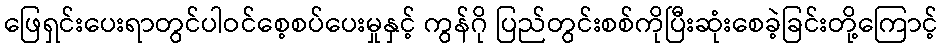
ဖြေရှင်းပေးရာတွင်ပါဝင်စေ့စပ်ပေးမှုနှင့် ကွန်ဂို ပြည်တွင်းစစ်ကိုပြီးဆုံးစေခဲ့ခြင်းတို့ကြောင့်